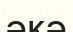
әкә